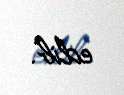
edib.